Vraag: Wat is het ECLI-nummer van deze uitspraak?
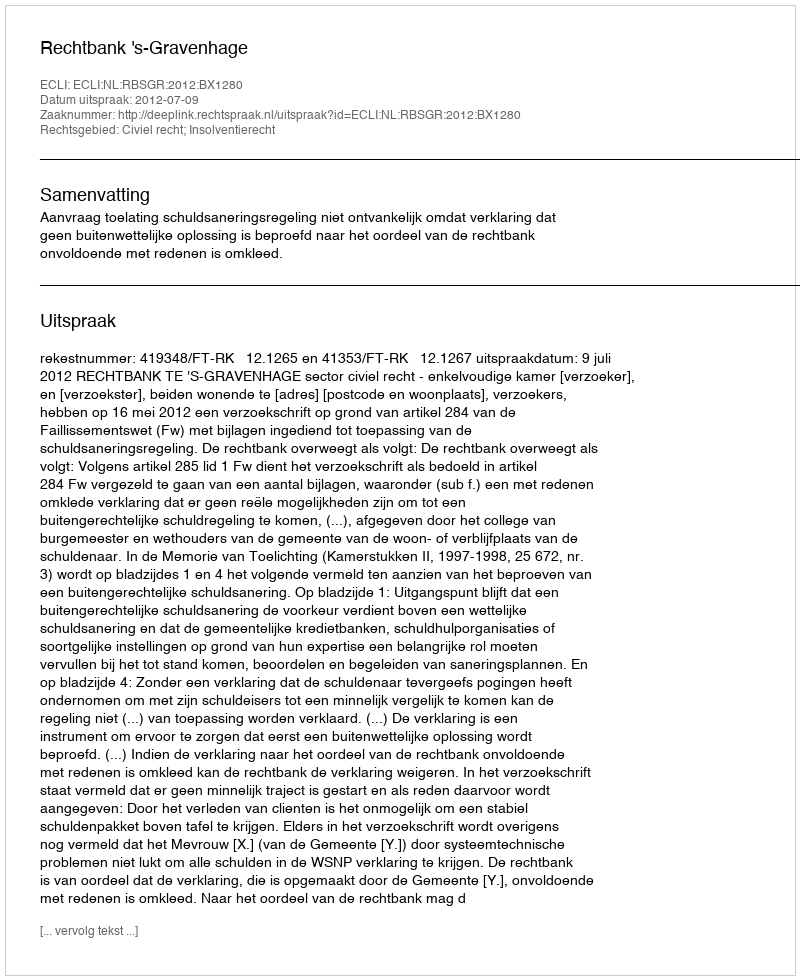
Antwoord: ECLI:NL:RBSGR:2012:BX1280